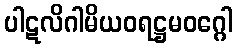
ပါဋလိဂါမိယဝရဋ္ဌမဝဂ္ဂေါ